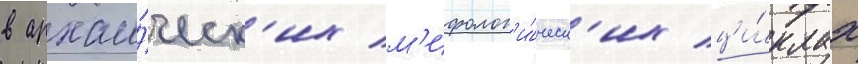
в архаи́ческ'их м'ифолог'и́ческ'их ци́клах